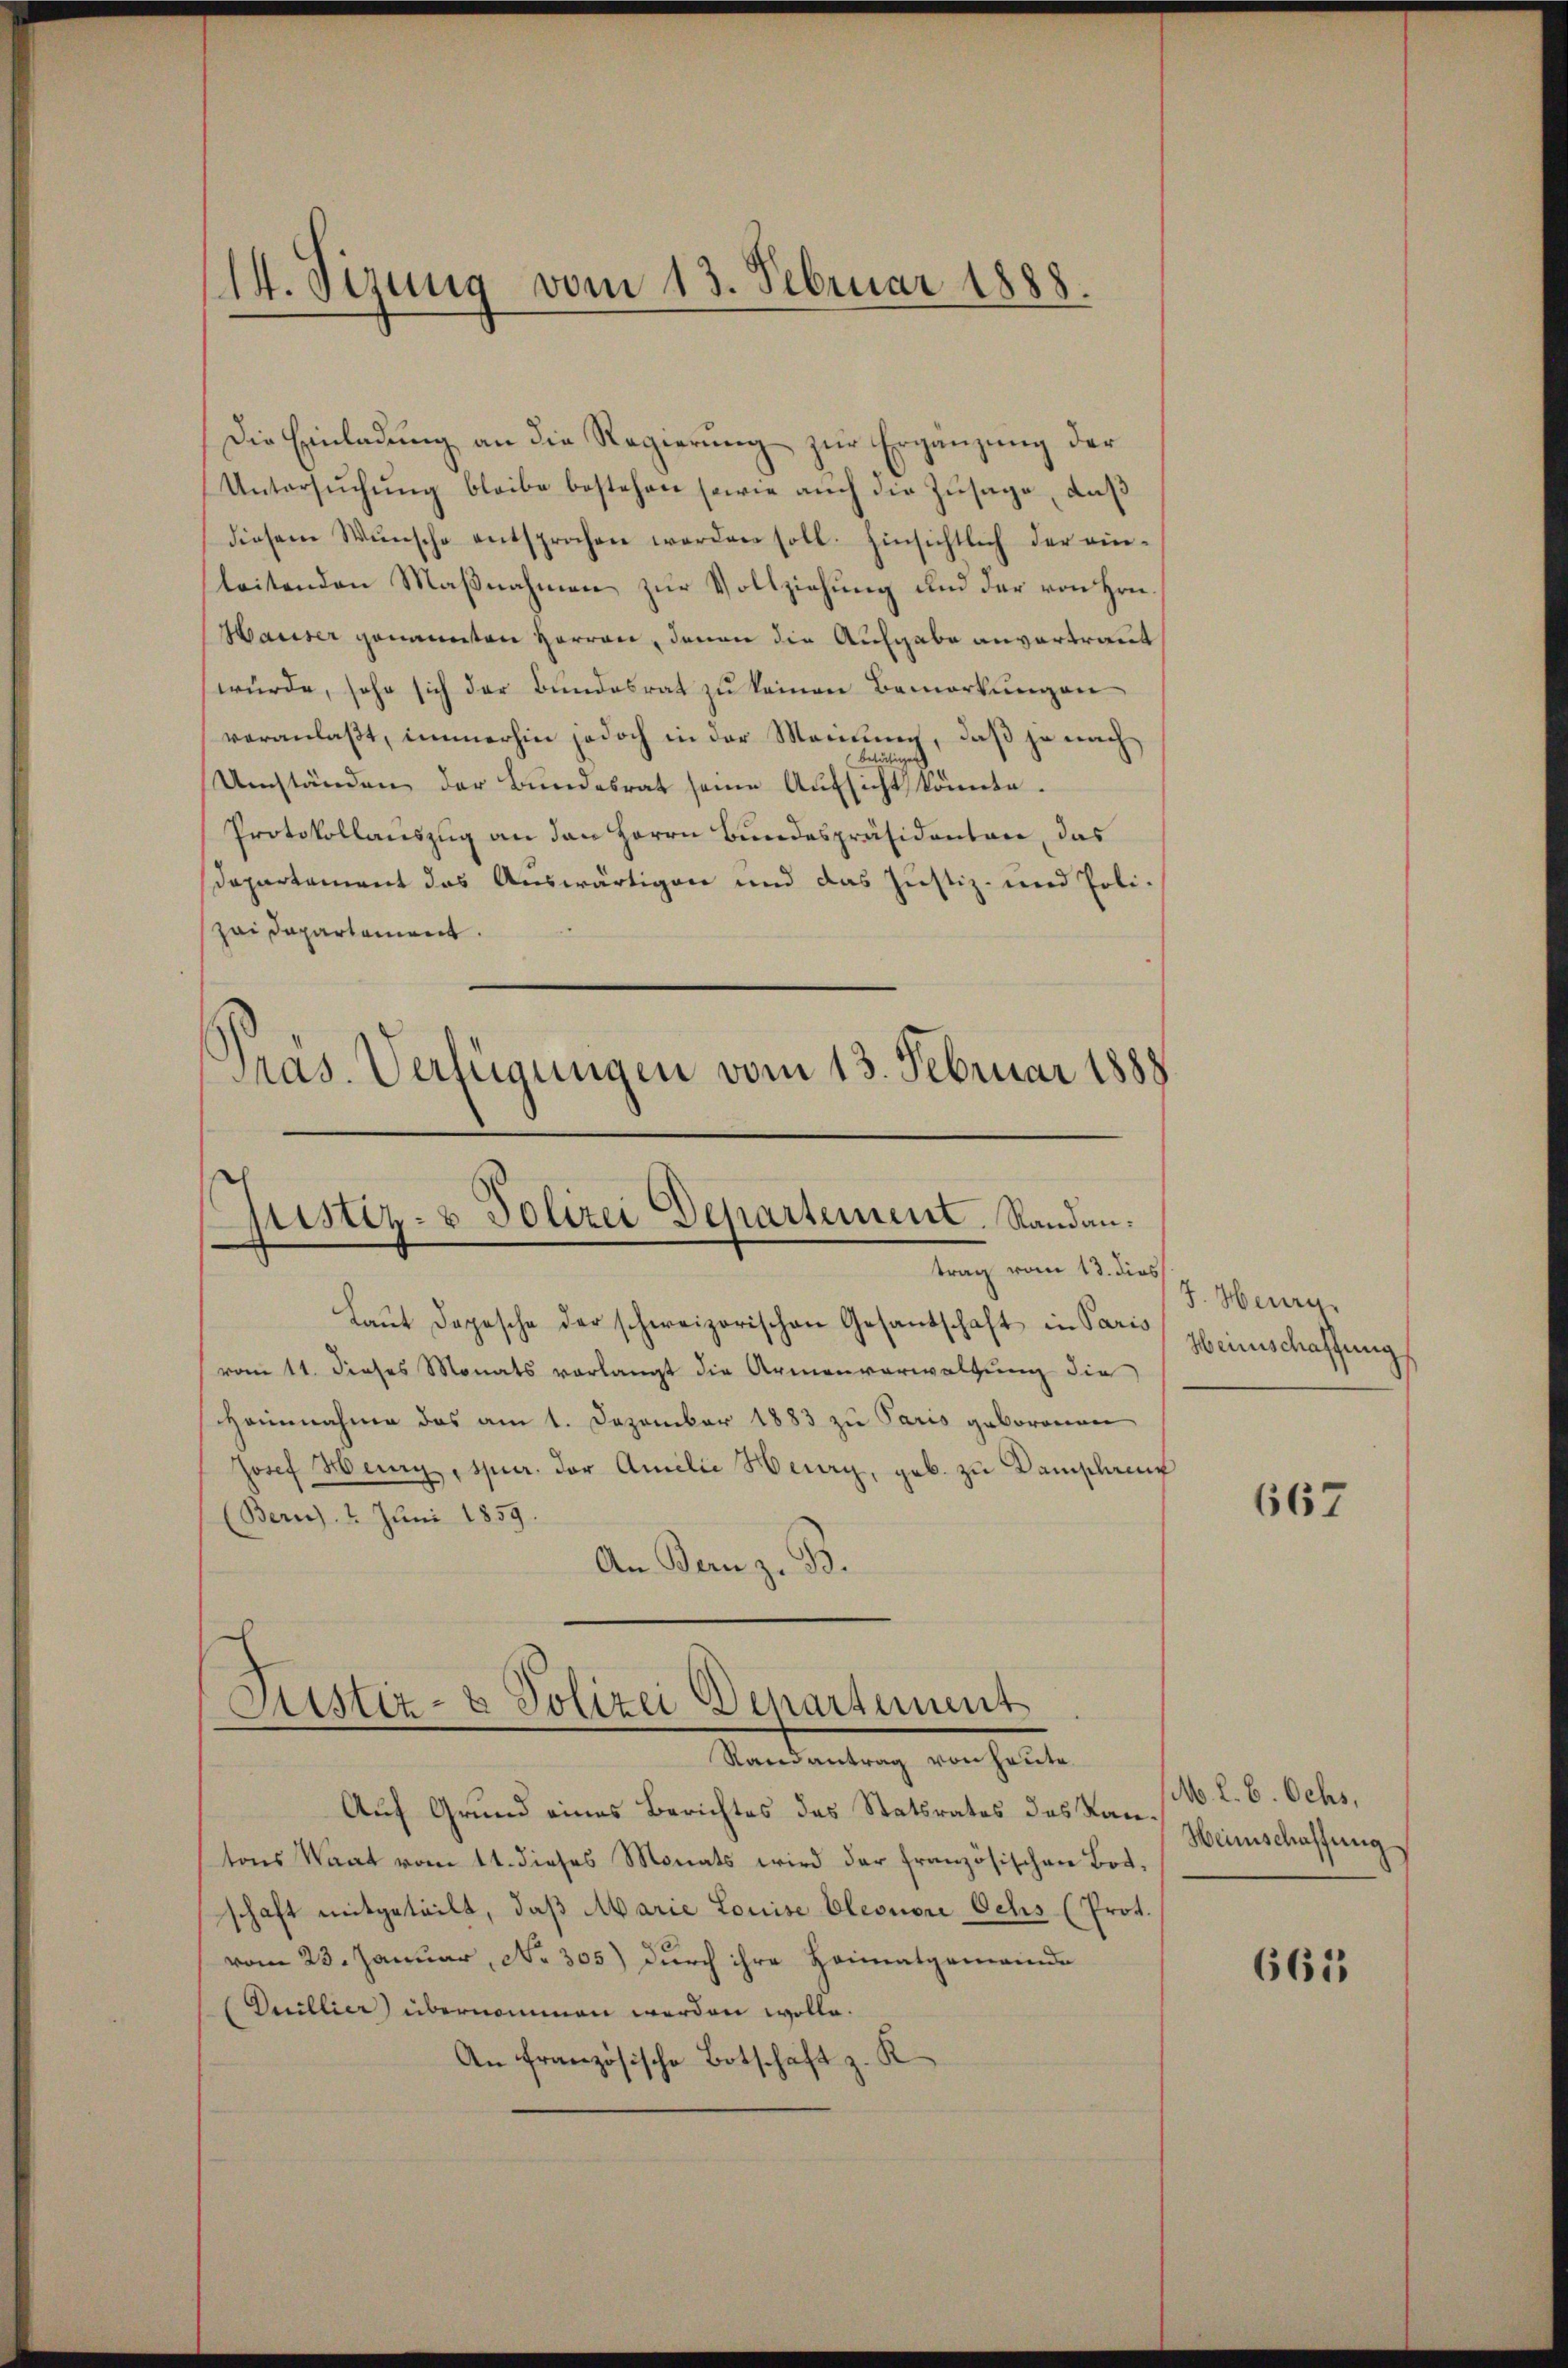
14. Sirung vom 13. Februar 1888.

Die Einladung an die Regierung zur Ergänzung der
Untersŭchŭng bleibe bestehen sowie aŭch die Zusage, daß
diesem Wünsche entsprochen werden soll. Einsichtlich der ein-
leitenden Maßnahmen zur Vollziehung und der von Hrn.
Hauser genannten Herren, denen die Aufgabe anvertraut
würde, sehr sich der Bundesrat zu keinen Bemerkungen
veranlaßt, immerhin jedoch in der Meinung, daß je nach
Umständen der Bundesrat seine Aufsicht könnte.
Protokollauszug an den Herrn Bundespräsidenten, das
Departement das Auswärtigen und das Justiz- und Poli-
zai Departement.
Pras. Verfügungen vom 13. Februar 1888.

justiz- & Polizei Departement. Sandantrag vom 13. dies
Laŭt dopesche der schweizerischen Gesandschaft in Pare Heinschaffung

vom 11. dieses Monats vorlangt die Armenverwaltung die
Heinnahme das am 1. Dezember 1883 zu Paris geborenen
Josef Herz, spur. der Amilie Herry, geb. zu Damphaeuf
Bern. 2. Juni 1859.
An Bern z. B.

Justiz- & Polizei Departement
Randantrag von heute

Auf Grund eines Berichtes des Statsrates des Kan Heimschaffung
tons Waat vom 11. dieses Monats wird der französischen Botschaft mitgeteilt, daß Marie Louise Eleonori Ochs (Prot.
vom 23. Januar, No. 305) durch ihre Heimatgemeinde
Dullier) übernommen werden wolle.
An französische Botschaft z. K

J. Heury,

667

M. L. 6. Ochs,

665